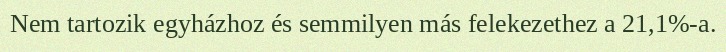
Nem tartozik egyházhoz és semmilyen más felekezethez a 21,1%-a.